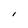
Character: l